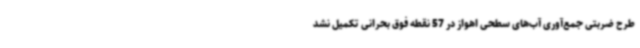
طرح ضربتی جمع‌آوری آب‌های سطحی اهواز در 57 نقطه فوق بحرانی تکمیل نشد